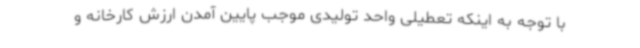
با توجه به اینکه تعطیلی واحد تولیدی موجب پایین آمدن ارزش کارخانه و